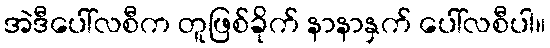
အဲဒီပေါ်လစီက တူဖြစ်ခိုက် နာနာနှက် ပေါ်လစီပါ။